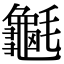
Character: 䶰